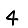
Digit: 4